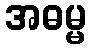
အဓမ္မ